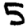
Digit: 5